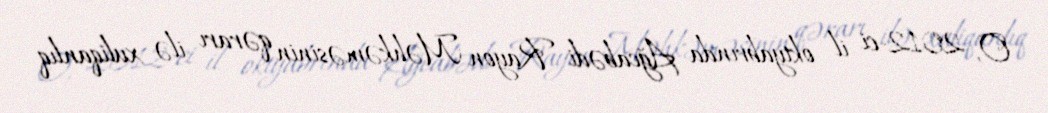
O, 2012-ci il oktyabrında Ağcabədi Rayon Məhkəməsinin qərarı ilə xuliqanlıq